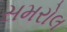
સમરોલ